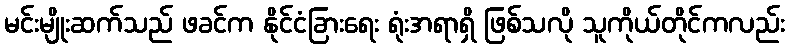
မင်းမျိုးဆက်သည် ဖခင်က နိုင်ငံခြားရေး ရုံးအရာရှိ ဖြစ်သလို သူကိုယ်တိုင်ကလည်း